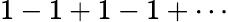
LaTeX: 1-1+1-1+\cdots